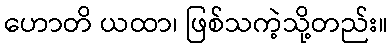
ဟောတိ ယထာ၊ ဖြစ်သကဲ့သို့တည်း။